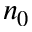
n _ { 0 }